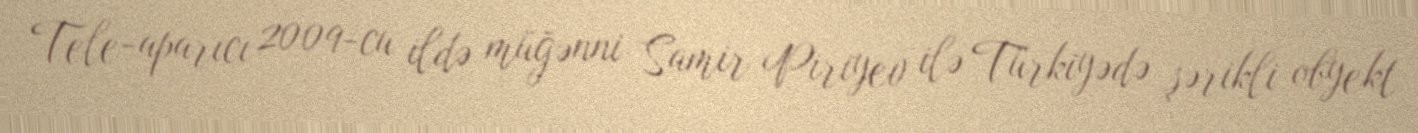
Tele-aparıcı 2009-cu ildə müğənni Samir Piriyev ilə Türkiyədə şərikli obyekt